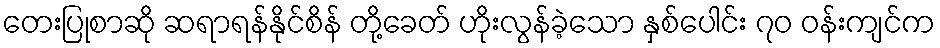
တေးပြုစာဆို ဆရာရန်နိုင်စိန် တို့ခေတ် ဟိုးလွန်ခဲ့သော နှစ်ပေါင်း ၇၀ ဝန်းကျင်က